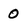
Character: 0